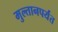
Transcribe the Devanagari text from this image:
मुल्तानपर्यंत